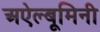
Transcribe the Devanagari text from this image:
अऐल्बूमिनी